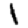
Digit: 1